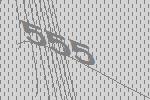
555